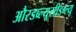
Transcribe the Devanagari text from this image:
औरडब्ल्यूसीडब्ल्यू